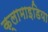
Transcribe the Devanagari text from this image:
क्लामाइडिया